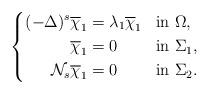
LaTeX: \begin{align*}\left\{\begin{aligned}(-\Delta)^s \overline{\chi}_1&=\lambda_1 \overline{\chi}_1 && \mbox{in } \Omega,\\\overline{\chi}_1&=0 && \mbox{in } \Sigma_1,\\\mathcal{N}_s \overline{\chi}_1&=0 &&\mbox{in }\Sigma_2.\end{aligned}\right.\end{align*}